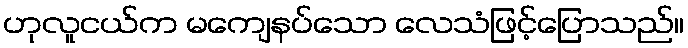
ဟုလူငယ်က မကျေနပ်သော လေသံဖြင့်ပြောသည်။